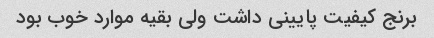
برنج کیفیت پایینی داشت ولی بقیه موارد خوب بود